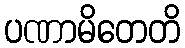
ပဏာမိတေတိ